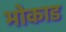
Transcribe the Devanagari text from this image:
भोकाड